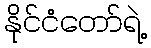
နိုင်ငံတော်ရဲ့